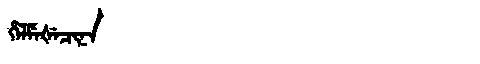
Manchu: ᡥᡝᠯᠮᡝᡧᡝᠴᡳᠨᠠ
Romanization: HELMEŠECINA